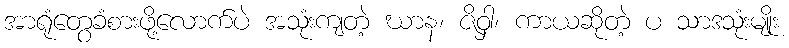
အာရုံတွေခံစားဖို့လောက်ပဲ အသုံးကျတဲ့ ဃာန၊ ဇိဝှါ၊ ကာယဆိုတဲ့ ပ သာဒသုံးမျိုး